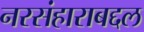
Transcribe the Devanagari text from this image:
नरसंहाराबद्दल